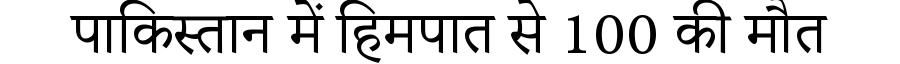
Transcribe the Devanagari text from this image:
पाकिस्तान में हिमपात से 100 की मौत